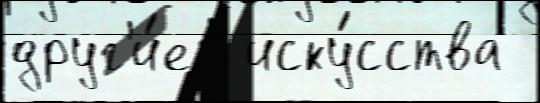
друг'и́е  иску́сства